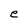
Character: e